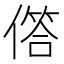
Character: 𠍹